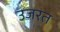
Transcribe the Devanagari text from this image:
उजरत